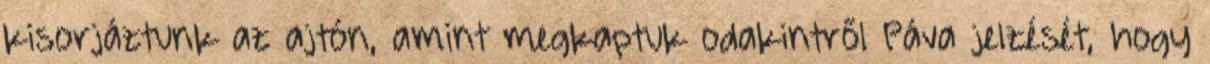
kisorjáztunk az ajtón, amint megkaptuk odakintről Páva jelzését, hogy